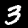
Label: 3